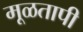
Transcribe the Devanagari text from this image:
मूळतापी